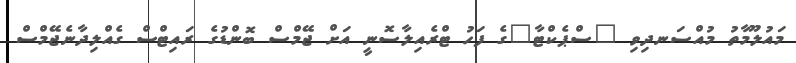
މައުލޫމާތު މުއްސަނދިވި "ސްޕެކްޓާ"ގެ ފަހު ޓްރެއިލާސޮނީ އަށް ޖޭމްސް ބޮންޑުގެ ރައިޓްސް ގެއްލިދާނެޖޭމްސް